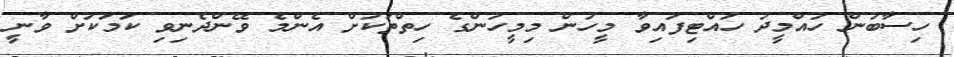
ހިސާބުން ހުއްމީދު ހުއްޓިފައިވާ މީހުން މިމީހުންގެ ހިތްތަކަށް އެންމެ ވޭންދެނިވި ކަމަކަށް ވާނީ